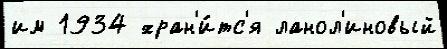
им 1934 хран'и́тс'я ланол'иновый